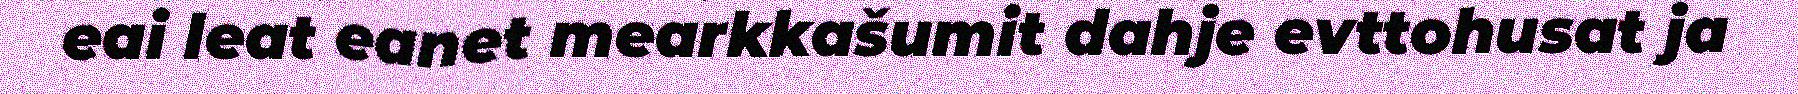
eai leat eanet mearkkašumit dahje evttohusat ja